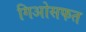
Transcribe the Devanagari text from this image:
गिओसफत